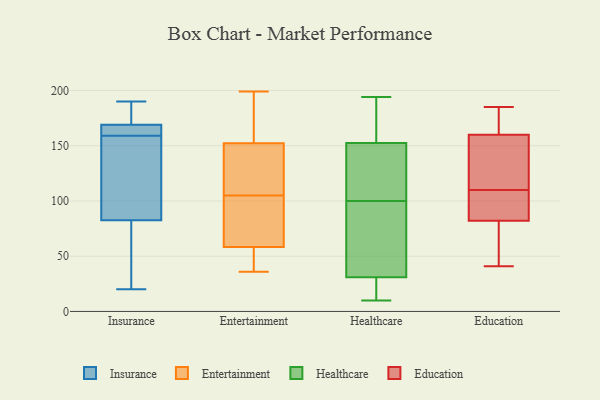
{"axis": {"x": "Humidity (%)", "y": "Value"}, "legend": ["Education", "Entertainment", "Healthcare", "Insurance"], "data": [{"x": "", "y": 22, "type": "Insurance"}, {"x": "", "y": 108, "type": "Insurance"}, {"x": "", "y": 161, "type": "Insurance"}, {"x": "", "y": 190, "type": "Insurance"}, {"x": "", "y": 162, "type": "Insurance"}, {"x": "", "y": 80, "type": "Insurance"}, {"x": "", "y": 37, "type": "Insurance"}, {"x": "", "y": 166, "type": "Insurance"}, {"x": "", "y": 85, "type": "Insurance"}, {"x": "", "y": 175, "type": "Insurance"}, {"x": "", "y": 185, "type": "Insurance"}, {"x": "", "y": 157, "type": "Insurance"}, {"x": "", "y": 154, "type": "Insurance"}, {"x": "", "y": 20, "type": "Insurance"}, {"x": "", "y": 186, "type": "Insurance"}, {"x": "", "y": 69, "type": "Insurance"}, {"x": "", "y": 154, "type": "Insurance"}, {"x": "", "y": 172, "type": "Insurance"}, {"x": "", "y": 162, "type": "Insurance"}, {"x": "", "y": 166, "type": "Insurance"}, {"x": "", "y": 122, "type": "Entertainment"}, {"x": "", "y": 174, "type": "Entertainment"}, {"x": "", "y": 160, "type": "Entertainment"}, {"x": "", "y": 36, "type": "Entertainment"}, {"x": "", "y": 119, "type": "Entertainment"}, {"x": "", "y": 159, "type": "Entertainment"}, {"x": "", "y": 55, "type": "Entertainment"}, {"x": "", "y": 49, "type": "Entertainment"}, {"x": "", "y": 134, "type": "Entertainment"}, {"x": "", "y": 93, "type": "Entertainment"}, {"x": "", "y": 95, "type": "Entertainment"}, {"x": "", "y": 52, "type": "Entertainment"}, {"x": "", "y": 141, "type": "Entertainment"}, {"x": "", "y": 68, "type": "Entertainment"}, {"x": "", "y": 86, "type": "Entertainment"}, {"x": "", "y": 105, "type": "Entertainment"}, {"x": "", "y": 156, "type": "Entertainment"}, {"x": "", "y": 48, "type": "Entertainment"}, {"x": "", "y": 199, "type": "Entertainment"}, {"x": "", "y": 10, "type": "Healthcare"}, {"x": "", "y": 162, "type": "Healthcare"}, {"x": "", "y": 178, "type": "Healthcare"}, {"x": "", "y": 100, "type": "Healthcare"}, {"x": "", "y": 81, "type": "Healthcare"}, {"x": "", "y": 62, "type": "Healthcare"}, {"x": "", "y": 103, "type": "Healthcare"}, {"x": "", "y": 29, "type": "Healthcare"}, {"x": "", "y": 194, "type": "Healthcare"}, {"x": "", "y": 154, "type": "Healthcare"}, {"x": "", "y": 148, "type": "Healthcare"}, {"x": "", "y": 29, "type": "Healthcare"}, {"x": "", "y": 115, "type": "Healthcare"}, {"x": "", "y": 15, "type": "Healthcare"}, {"x": "", "y": 42, "type": "Healthcare"}, {"x": "", "y": 100, "type": "Healthcare"}, {"x": "", "y": 37, "type": "Healthcare"}, {"x": "", "y": 23, "type": "Healthcare"}, {"x": "", "y": 191, "type": "Healthcare"}, {"x": "", "y": 101, "type": "Education"}, {"x": "", "y": 48, "type": "Education"}, {"x": "", "y": 110, "type": "Education"}, {"x": "", "y": 158, "type": "Education"}, {"x": "", "y": 41, "type": "Education"}, {"x": "", "y": 98, "type": "Education"}, {"x": "", "y": 93, "type": "Education"}, {"x": "", "y": 166, "type": "Education"}, {"x": "", "y": 134, "type": "Education"}, {"x": "", "y": 132, "type": "Education"}, {"x": "", "y": 180, "type": "Education"}, {"x": "", "y": 185, "type": "Education"}, {"x": "", "y": 49, "type": "Education"}]}